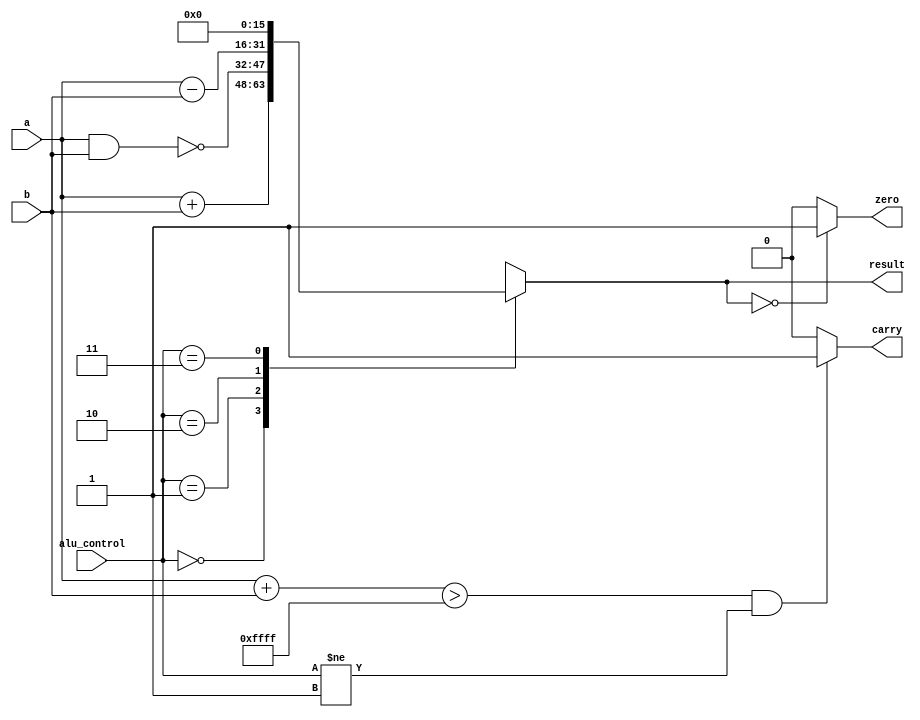
module alu(

	input [15:0] a,				// src1 rs 
	input [15:0] b,				// src2 rt
	input [1:0] alu_control,	// function sel  
	output reg [15:0] result,	// result
	output carry, zero

	);
	
	wire [16:0] carry_detect;
	
	assign carry_detect = a + b;

	always @(*)
	begin
		
		case(alu_control)
		
			2'b00: result = a + b; 				// add  
			2'b01: result = ~(a & b);			// nand
			2'b10: result = a - b;				// sub
			2'b11: result = 16'd0;				// nop

		endcase  
	
	end
	
	assign zero = (result == 16'd0) ? 1'b1 : 1'b0;
	assign carry = ((carry_detect > 16'hffff) && (alu_control != 2'b01)) ? 1'b1 : 1'b0;

endmodule